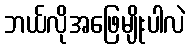
ဘယ်လိုအဖြေမျိုးပါလဲ